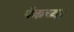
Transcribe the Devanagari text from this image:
पॅकच्या